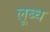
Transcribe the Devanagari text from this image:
लूब्ध